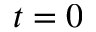
t = 0